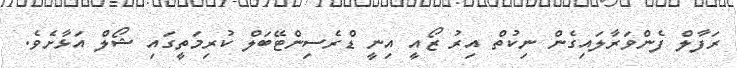
ރަފާލް ފެންވަރާލައިގެން ނިކުތް އިރު ޒޯއީ އިނީ ޑްރެސިންޓޭބަލް ކުރިމަތީގައި ޝޯލް އަޅާށެވެ.